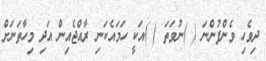
ދިވެހި ވެންފުންނަ ( )ނުވަތަ ( )އަކީ ހަމައެކަނި ރާއްޖެއިން އަދި މިހާތަނަށް